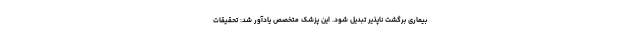
بیماری برگشت ناپذیر تبدیل شود. این پزشک متخصص یادآور شد: تحقیقات